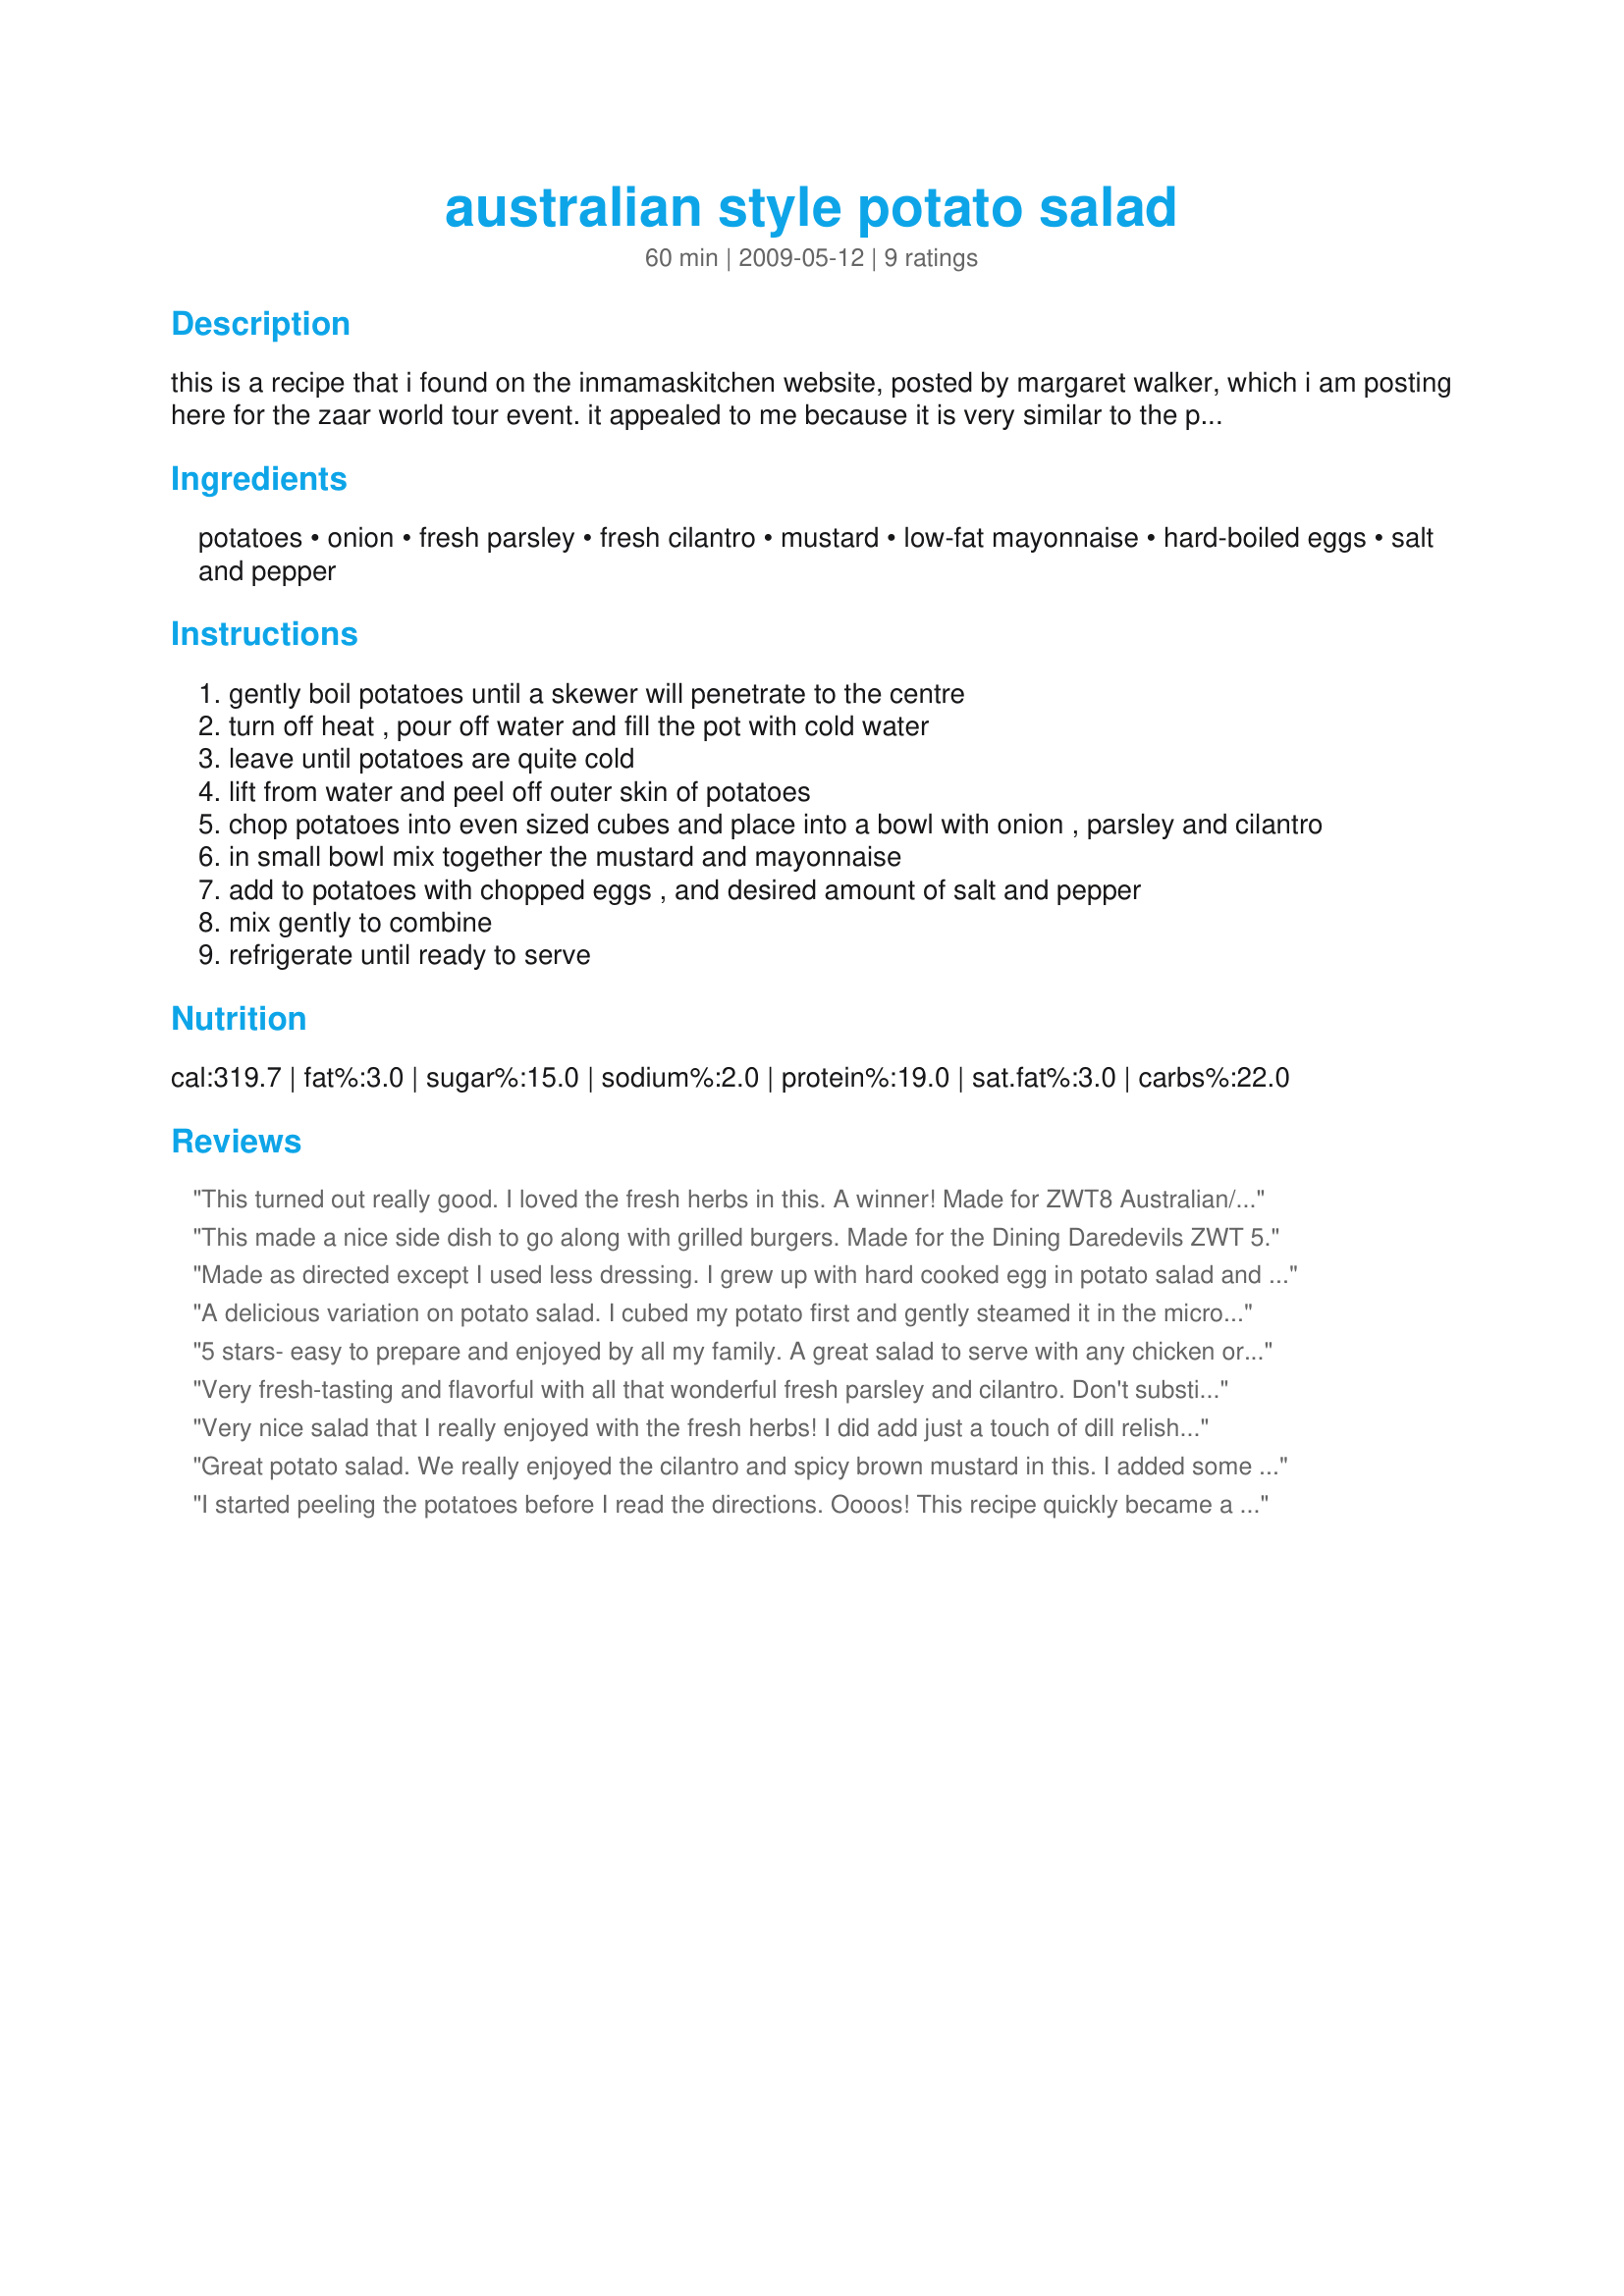
australian style potato salad
Preparation time: 60 minutes

this is a recipe that i found on the inmamaskitchen website, posted by margaret walker, which i am posting here for the zaar world tour event. it appealed to me because it is very similar to the potato salad recipe that my mom made for our summertime picnics and potluck gatherings. there is a note at the berginning of the instructions that states there are many varieties of deli-style mustards, and it is best that you not use a smooth mustard for this recipe, but rather you should use a mustard that has a trace of seed still in it.

Ingredients:
potatoes, onion, fresh parsley, fresh cilantro, mustard, low-fat mayonnaise, hard-boiled eggs, salt and pepper

Steps:
gently boil potatoes until a skewer will penetrate to the centre
turn off heat , pour off water and fill the pot with cold water
leave until potatoes are quite cold
lift from water and peel off outer skin of potatoes
chop potatoes into even sized cubes and place into a bowl with onion , parsley and cilantro
in small bowl mix together the mustard and mayonnaise
add to potatoes with chopped eggs , and desired amount of salt and pepper
mix gently to combine
refrigerate until ready to serve

Reviews:
This turned out really good. I loved the fresh herbs in this. A winner! Made for ZWT8 Australian/New Zealand region.
This made a nice side dish to go along with grilled burgers. Made for the Dining Daredevils ZWT 5.
Made as directed except I used less dressing. I grew up with hard cooked egg in potato salad and thought it was the Texas or Southern way of going it. It's really home style to me and just what a summer burger calls for. Simple to make and should be enjoyed by the whole family.
A delicious variation on potato salad.
I cubed my potato first and gently steamed it in the microwave,before adding a good hot grain mustard and whole egg mayo (not that horrible creamy stuff I have discovered here in Oz!!).
I loved the herbs and the egg made a great addition.
Well worth making again!
5 stars- easy to prepare and enjoyed by all my family. A great salad to serve with any chicken or meats. I used a grain mustarf but otherwise stuck to the recipe. A winner potato salad for us. Reviewed for ZWT8. Photo also to be posted
Very fresh-tasting and flavorful with all that wonderful fresh parsley and cilantro. Don't substitute dried herbs for this! I made this just as written and I think it gets better the longer it chills. I'll make this again..... especially now that grilling season is here. Thanx!
Very nice salad that I really enjoyed with the fresh herbs! I did add just a touch of dill relish. Thanks! Made for the French Herb of the Month tag-Parsley!
Great potato salad. We really enjoyed the cilantro and spicy brown mustard in this. I added some sweet pickle relish but otherwise made as directed. Thanks for sharing. Made for ZWT 8.
I started peeling the potatoes before I read the directions. Oooos! This recipe quickly became a new favorite for summer dining! I used shallots, flat leaf Italian parsley and eggs from our weekly CSA box and fresh cilantro from brother in law&#039;s garden. The herbs were finely minced in the food processor and I used 50/50 ratio of both. The only problem and it was my fault was that I overcooked the potatoes and they were closer to mashed potatoes. Refrigerated for about six hours and tastes best when well chilled. Thanks for posting! Made for Cilantro! in the Spanish forum.
